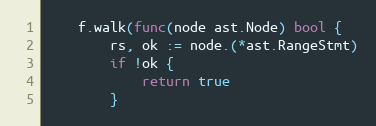
Language: Go
	f.walk(func(node ast.Node) bool {
		rs, ok := node.(*ast.RangeStmt)
		if !ok {
			return true
		}